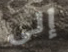
إلى